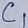
Text: C1